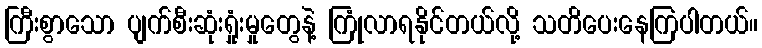
ကြီးစွာသော ပျက်စီးဆုံးရှုံးမှုတွေနဲ့ ကြုံလာရနိုင်တယ်လို့ သတိပေးနေကြပါတယ်။